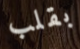
بقلب